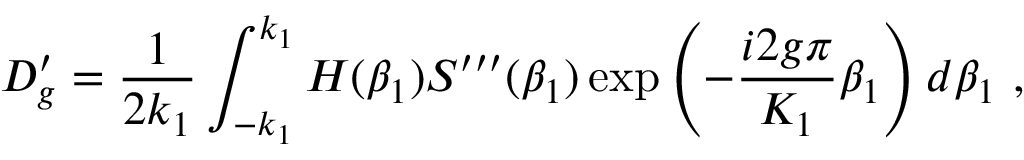
D _ { g } ^ { \prime } = \frac { 1 } { 2 k _ { 1 } } \int _ { - k _ { 1 } } ^ { k _ { 1 } } H ( \beta _ { 1 } ) S ^ { \prime \prime \prime } ( \beta _ { 1 } ) \exp \left( - \frac { i 2 g \pi } { K _ { 1 } } \beta _ { 1 } \right) d \beta _ { 1 } \, \, ,